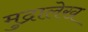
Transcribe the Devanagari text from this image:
मुद्रालेख